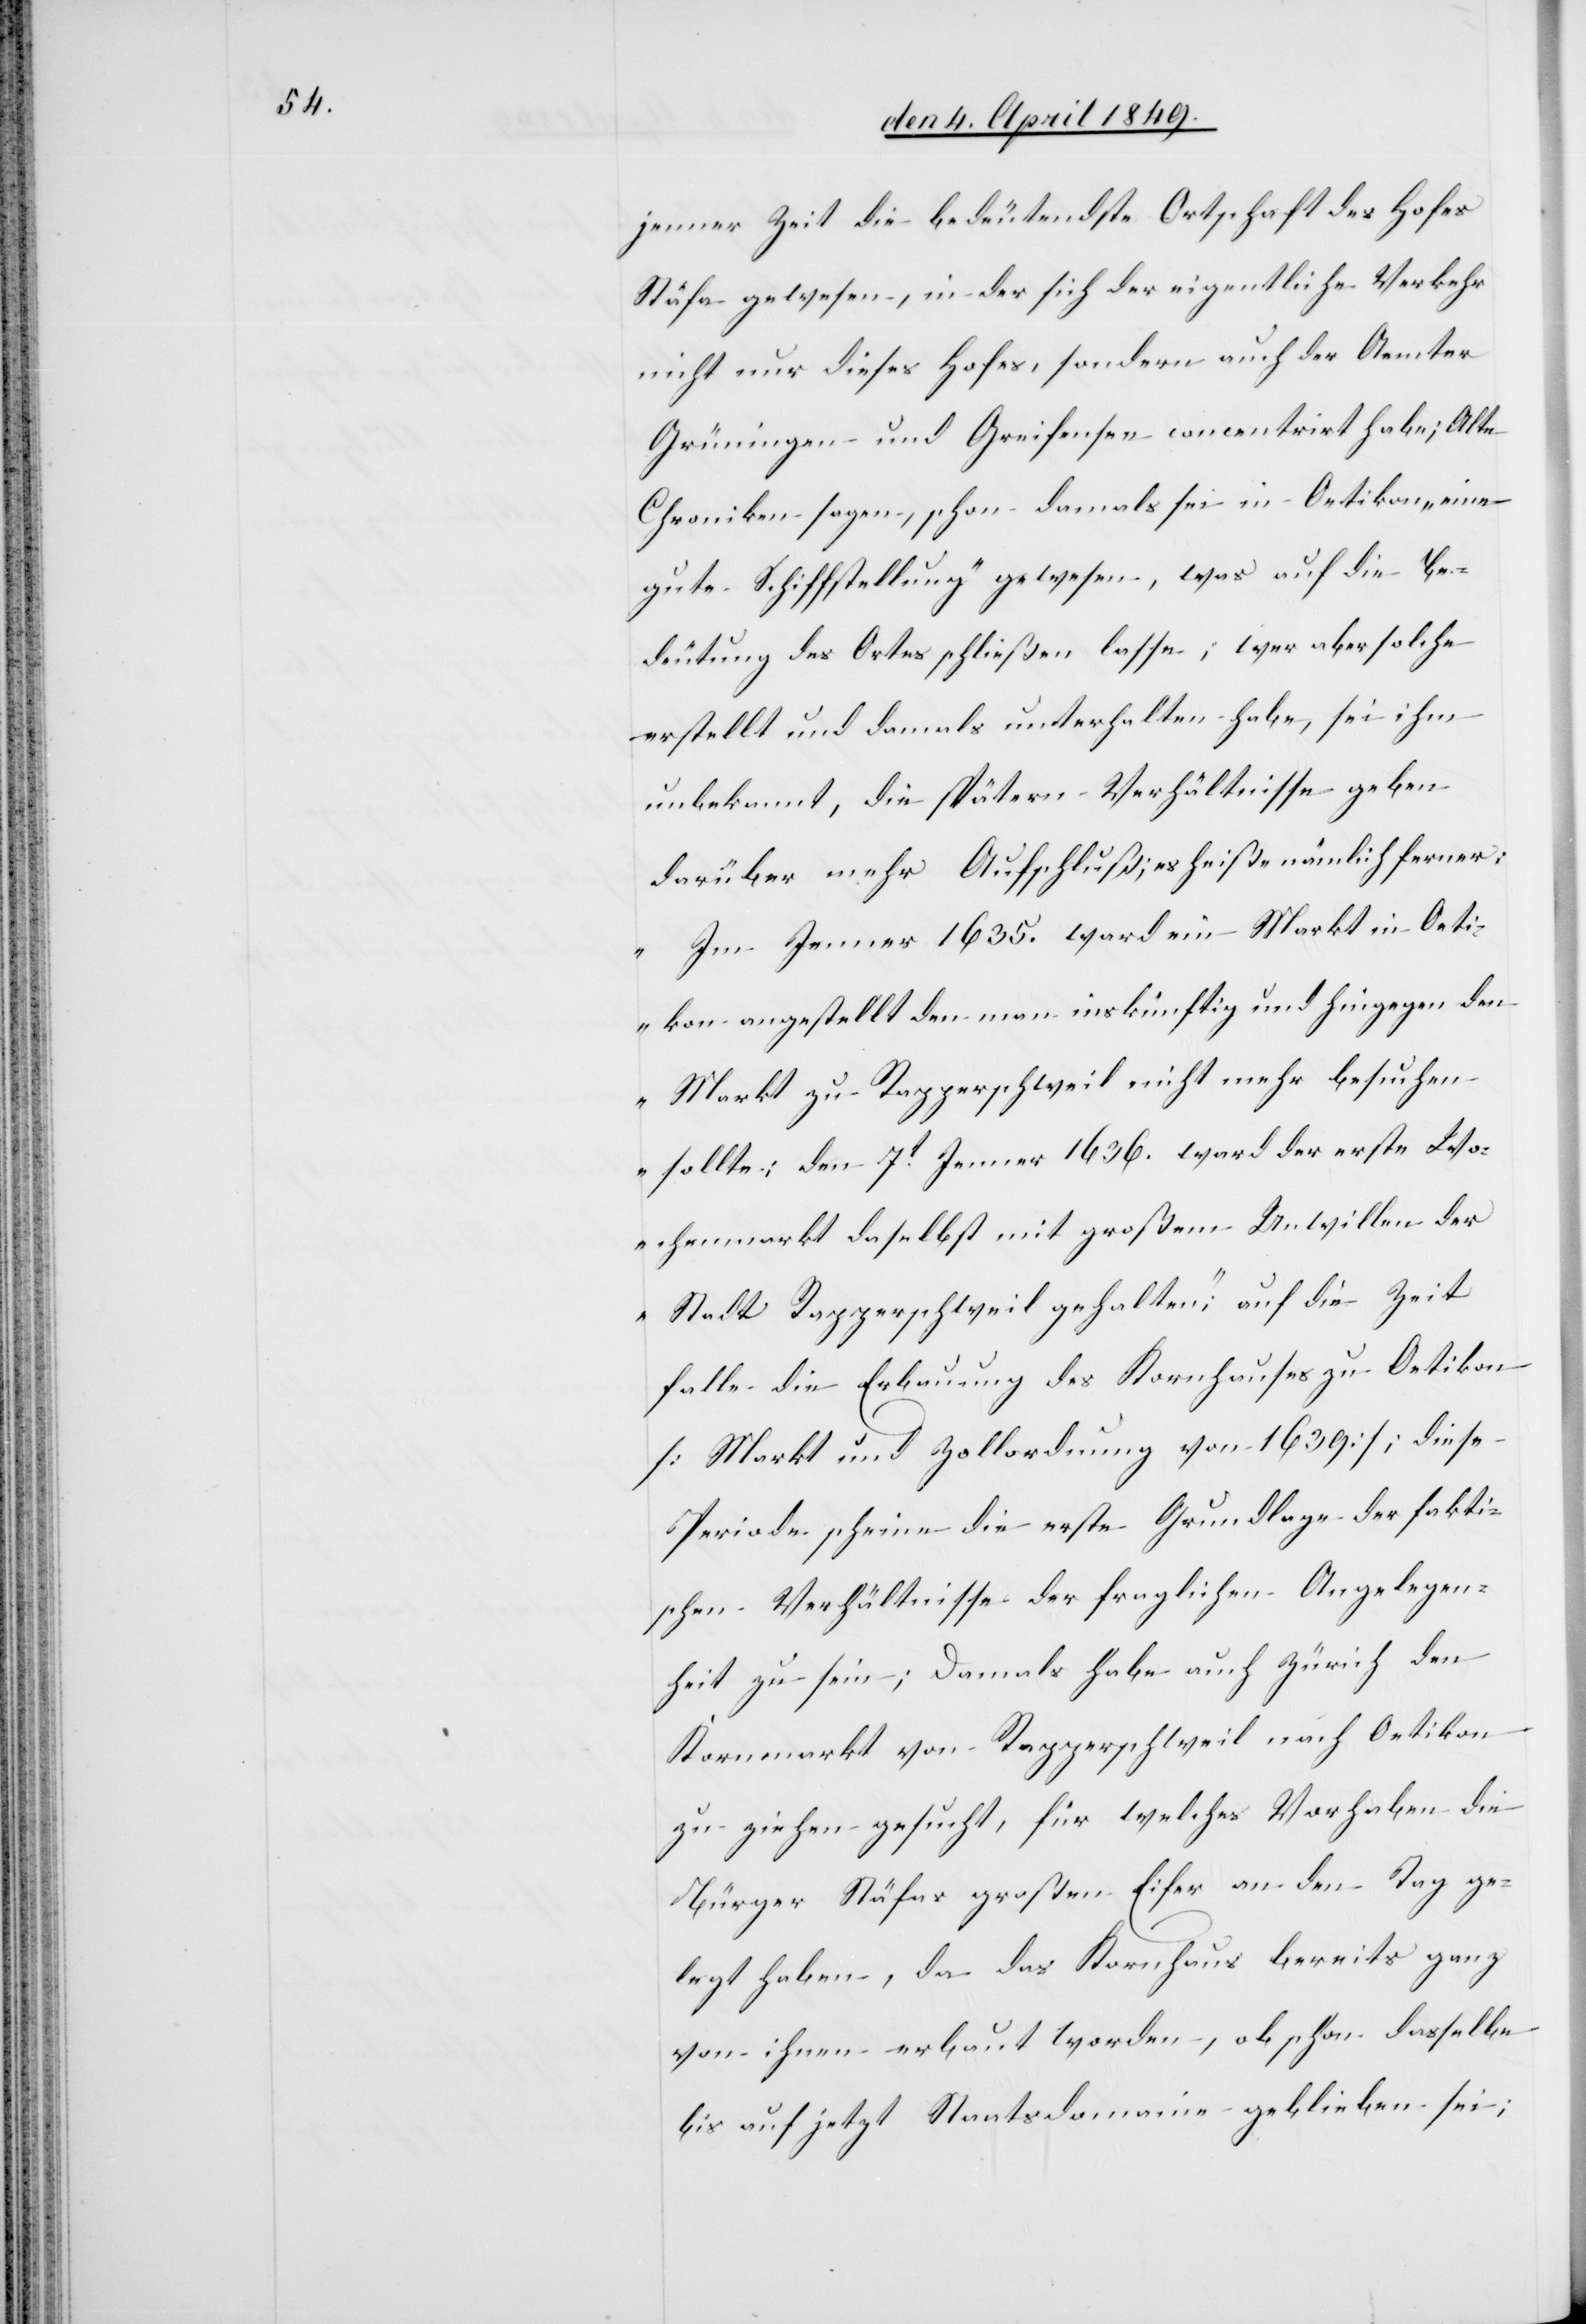
jener Zeit die bedeutendste Ortschaft des Hofes
Stäfa gewesen, in der sich der eigentliche Verkehr
nicht nur dieses Hofes, sondern auch der Aemter
Grüningen und Greifensee concentrirt habe; Alte
Chroniken sagen, schon damals sei in Oetikon „eine
gute Schiffstellung“ gewesen, was auf die Be¬
deutung des Ortes schließen lasse; wer aber solche
erstellt und damals unterhalten habe, sei ihm
unbekannt, die spätern Verhältnisse geben
darüber mehr Aufschluß; es heiße nämlich ferner:
„Im Jenner 1635. ward ein Markt in Oeti¬
kon angestellt den man inskünftig und hingegen den
Markt zu Rapperschweil nicht mehr besuchen
sollte; den 7t Jenner 1636. ward der erste Wo¬
chenmarkt daselbst mit großem Unwillen der
Stadt Rapperschweil gehalten“; auf die Zeit
falle die Erbauung des Kornhauses zu Oetikon
[Markt und Zollordnung von 1639]; diese
Periode scheine die erste Grundlage der fakti¬
schen Verhältnisse der fraglichen Angelegen¬
heit zu sein; Damals habe auch Zürich den
Kornmarkt von Rapperschweil nach Oetikon
zu ziehen gesucht, für welches Vorhaben die
Bürger Stäfas großen Eifer an den Tag ge¬
legt haben, da das Kornhaus bereits ganz
von ihnen erbaut worden, ob schon dasselbe
bis auf jetzt Staatsdomaine geblieben sei;